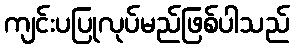
ကျင်းပပြုလုပ်မည်ဖြစ်ပါသည်